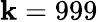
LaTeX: \mathbf{k}=999